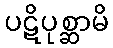
ပဋိပုစ္ဆာမိ